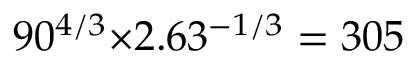
9 0 ^ { 4 / 3 } { \times } 2 . 6 3 ^ { - 1 / 3 } = 3 0 5